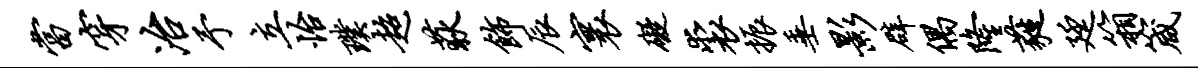
当穿冶予立怡璞超荻饰辰寰碍裘振垂影辟偶隆蕤廷箱箴